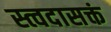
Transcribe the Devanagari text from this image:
स्त्वदासक्तं